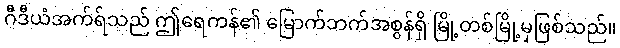
ဂီဒီယံအက်ရ်သည် ဤရေကန်၏ မြောက်ဘက်အစွန်ရှိ မြို့တစ်မြို့မှဖြစ်သည်။